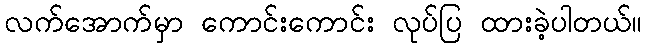
လက်အောက်မှာ ကောင်းကောင်း လုပ်ပြ ထားခဲ့ပါတယ်။